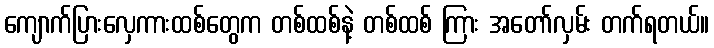
ကျောက်ပြားလှေကားထစ်တွေက တစ်ထစ်နဲ့ တစ်ထစ် ကြား အတော်လှမ်း တက်ရတယ်။